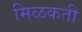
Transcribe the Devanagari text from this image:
मिळकती